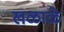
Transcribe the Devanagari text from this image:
खळाळे